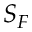
S _ { F }